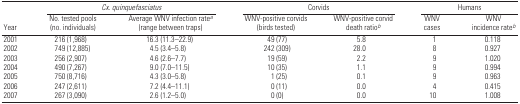
<table><thead><tr><td></td><td colspan="2"><b><i>Cx. quinquefasciatus</i></b></td><td colspan="2"><b>Corvids</b></td><td colspan="2"><b>Humans</b></td></tr><tr><td><b>Year</b></td><td><b>No. tested pools (no. individuals)</b></td><td><b>Average WNV infection ratea (range between traps)</b></td><td><b>WNV-positive corvids (birds tested)</b></td><td><b>WNV-positive corvid death ratiob</b></td><td><b>WNV cases</b></td><td><b>WNV incidence rateb</b></td></tr></thead><tbody><tr><td>2001</td><td>216 (1,968)</td><td>16.3 (11.3–22.9)</td><td>49 (77)</td><td>5.8</td><td>1</td><td>0.118</td></tr><tr><td>2002</td><td>749 (12,885)</td><td>4.5 (3.4–5.8)</td><td>242 (309)</td><td>28.0</td><td>8</td><td>0.927</td></tr><tr><td>2003</td><td>256 (2,907)</td><td>4.6 (2.6–7.7)</td><td>19 (59)</td><td>2.2</td><td>9</td><td>1.020</td></tr><tr><td>2004</td><td>490 (7,267)</td><td>9.0 (7.0–11.5)</td><td>10 (35)</td><td>1.1</td><td>9</td><td>0.994</td></tr><tr><td>2005</td><td>750 (8,716)</td><td>4.3 (3.0–5.8)</td><td>1 (25)</td><td>0.1</td><td>9</td><td>0.963</td></tr><tr><td>2006</td><td>247 (2,611)</td><td>7.2 (4.4–11.1)</td><td>0 (11)</td><td>0.0</td><td>4</td><td>0.415</td></tr><tr><td>2007</td><td>267 (3,090)</td><td>2.6 (1.2–5.0)</td><td>0 (0)</td><td>0.0</td><td>10</td><td>1.008</td></tr></tbody></table>